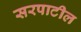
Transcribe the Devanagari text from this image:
सरपाटील